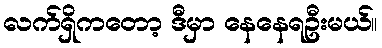
လက်ရှိကတော့ ဒီမှာ နေနေရဦးမယ်။